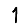
Digit: 1